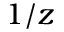
1 / z